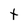
Character: t